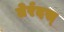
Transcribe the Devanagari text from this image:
तेर्रदस्